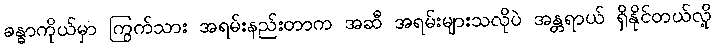
ခန္ဓာကိုယ်မှာ ကြွက်သား အရမ်းနည်းတာက အဆီ အရမ်းများသလိုပဲ အန္တရာယ် ရှိနိုင်တယ်လို့